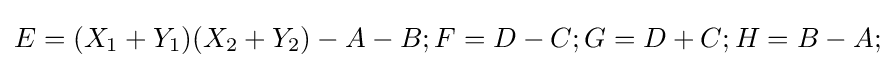
E=(X_{1}+Y_{1})(X_{2}+Y_{2})-A-B;F=D-C;G=D+C;H=B-A;